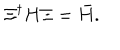
\Xi ^ { \dagger } H \Xi = { \bar { H } } .